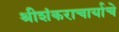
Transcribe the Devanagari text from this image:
श्रीशंकराचार्याचे